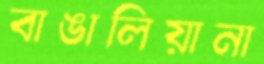
বাঙালিয়ানা